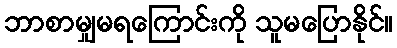
ဘာစာမျှမရကြောင်းကို သူမပြောနိုင်။